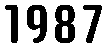
1987